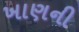
ખાણની